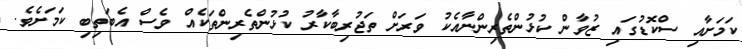
ކަމަށާއި ސްކޮޑުގައި ޒުވާން ކުޅުންތެރިންނާއެކު ވަރަށް ތަޖުރިބާކާރު ކުޅުންތެރިންތަކެއް ވެސް އެބަތިބި ކަމަށެވެ.